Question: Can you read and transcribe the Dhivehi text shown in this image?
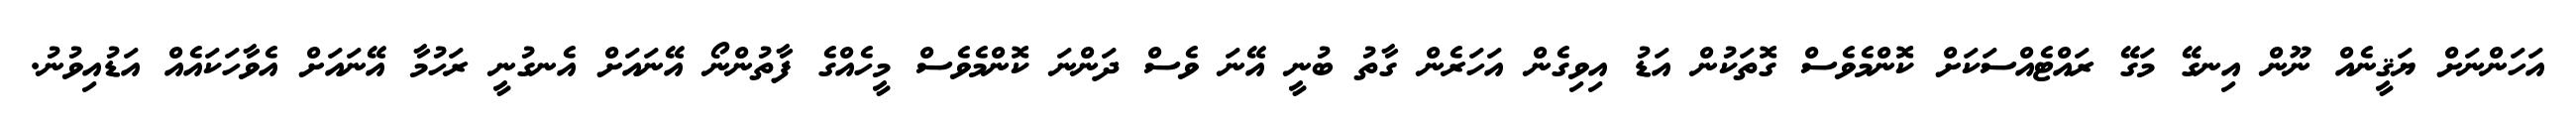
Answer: އަހަންނަށް ޔަޤީނެއް ނޫން އިނގޭ މަގޭ ރައްޓެއްސަކަށް ކޮންމެވެސް ގޮތަކުން އަޑު އިވިގެން އަހަރެން ގާތު ބުނީ އޭނަ ވެސް ދަންނަ ކޮންމެވެސް މީހެއްގެ ފާތުންނޯ އޭނައަށް އެނގުނީ ރަހުމާ އޭނައަށް އެވާހަކައެއް އަޑުއިވުނު.